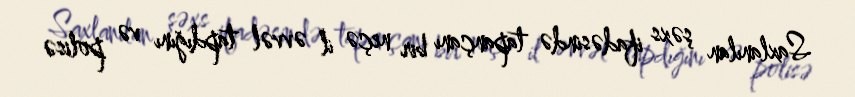
Saxlanılan şəxs ifadəsində tapançanı bir neçə il əvvəl tapdığını və polisə